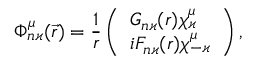
\Phi _ { n \varkappa } ^ { \mu } ( \vec { r } ) = \frac { 1 } { r } \left( \begin{array} { l } { G _ { n \varkappa } ( r ) \chi _ { \varkappa } ^ { \mu } } \\ { i F _ { n \varkappa } ( r ) \chi _ { - \varkappa } ^ { \mu } } \end{array} \right) ,